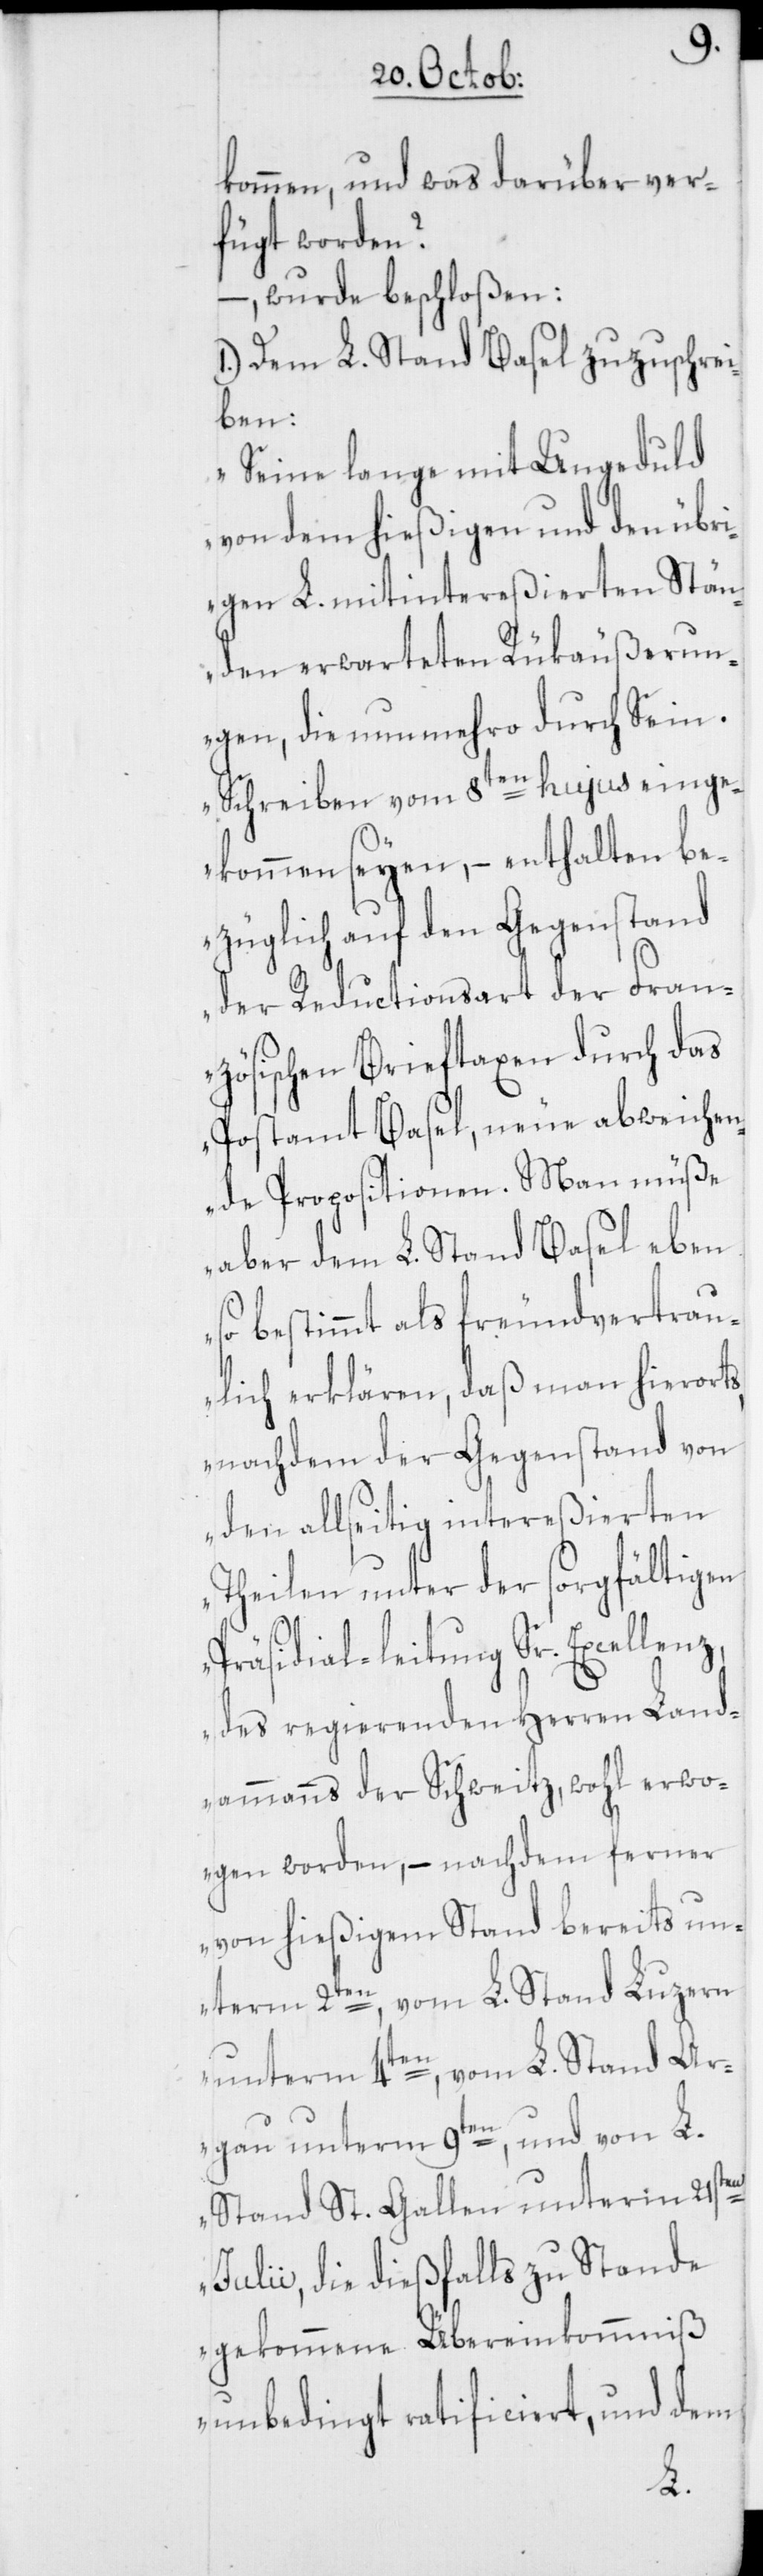
kommen, und was darüber ver¬
fügt worden?
–, wurde beschloßen:
1.) Dem L. Stand Basel zuzuschrei¬
ben:
„Seine lange mit Ungeduld
von dem hießigen und den übri¬
gen L. mitintereßierten Stän¬
den erwarteten Rükäußerun¬
gen, die nunmehro durch Sein
Schreiben vom 8ten hujus einge¬
kommen seyen, – enthalten be¬
züglich auf den Gegenstand
der Reductionsart der Fran¬
zösischen Brieftaxen durch das
Postamt Basel, neue abweichen¬
de Propositionen. Man müsse
aber dem L. Stand Basel eben
so bestimmt als freundvertrau¬
lich erklären, daß man hierorts,
nachdem der Gegenstand von
den allseitig intereßierten
Theilen unter der sorgfältigen
Präsidial-leitung Sr. Excellen¬
des regierenden Herren Land¬
ammanns der Schweitz, wohl erwo¬
gen worden, – nachdem ferner
von hießigem Stand bereits un¬
term 2ten, vom L. Stand Luzern
unterm 4ten, vom L. Stand Ar¬
gau unterm 9ten, und von L.
Stand St. Gallen unterm 21sten
Julii, die dießfalls zu Stande
gekommene Übereinkommniß
unbedingt ratificiert, und dem
z,